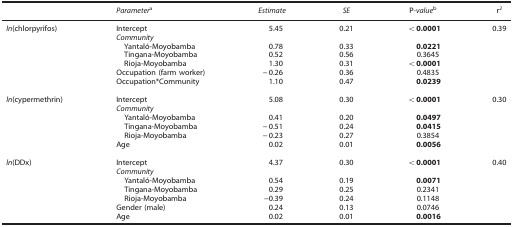
|  | Parametera | Estimate | SE | P-valueb | r2 |
 | --- | --- | --- | --- | --- | --- |
 | ln(chlorpyrifos) | Intercept | 5.45 | 0.21 | <0.0001 | 0.39 |
 |  | Community |  |  |  |  |
 |  | Yantaló-Moyobamba | 0.78 | 0.33 | 0.0221 |  |
 |  | Tingana-Moyobamba | 0.52 | 0.56 | 0.3645 |  |
 |  | Rioja-Moyobamba | 1.30 | 0.31 | <0.0001 |  |
 |  | Occupation (farm worker) | −0.26 | 0.36 | 0.4835 |  |
 |  | Occupation*Community | 1.10 | 0.47 | 0.0239 |  |
 |  |  |  |  |  |  |
 | ln(cypermethrin) | Intercept | 5.08 | 0.30 | <0.0001 | 0.30 |
 |  | Community |  |  |  |  |
 |  | Yantaló-Moyobamba | 0.41 | 0.20 | 0.0497 |  |
 |  | Tingana-Moyobamba | −0.51 | 0.24 | 0.0415 |  |
 |  | Rioja-Moyobamba | −0.23 | 0.27 | 0.3854 |  |
 |  | Age | 0.02 | 0.01 | 0.0056 |  |
 |  |  |  |  |  |  |
 | ln(DDx) | Intercept | 4.37 | 0.30 | <0.0001 | 0.40 |
 |  | Community |  |  |  |  |
 |  | Yantaló-Moyobamba | 0.54 | 0.19 | 0.0071 |  |
 |  | Tingana-Moyobamba | 0.29 | 0.25 | 0.2341 |  |
 |  | Rioja-Moyobamba | −0.39 | 0.24 | 0.1148 |  |
 |  | Gender (male) | 0.24 | 0.13 | 0.0746 |  |
 |  | Age | 0.02 | 0.01 | 0.0016 |  |